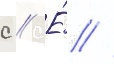
с // Е́ //